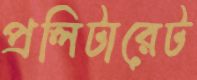
প্রলিটারেট